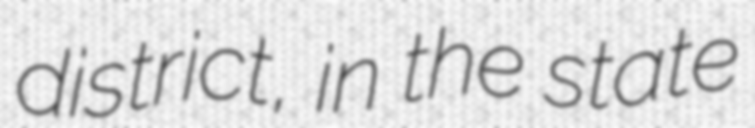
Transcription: district, in the state